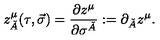
z _ { \check { A } } ^ { \mu } ( \tau , \vec { \sigma } ) = { \frac { \partial z ^ { \mu } } { \partial \sigma ^ { \check { A } } } } : = \partial _ { \check { A } } z ^ { \mu } .